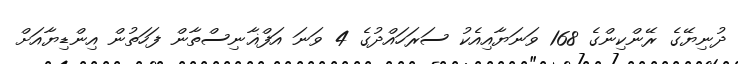
ދުނިޔޭގެ ރޭންކިންގެ 168 ވަނަޔާއިއެކު ސަރަހައްދުގެ 4 ވަނަ އަފްޣާނިސްތާން ފަހަތުން އިންޑިޔާއަށް